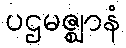
ပဌမဇ္ဈာနံ